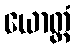
ယောတ္တံ